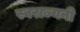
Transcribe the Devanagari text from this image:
स्वराज्यनी